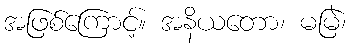
အဖြစ်ကြောင့်။ အနိယတော၊ မမြဲ၊